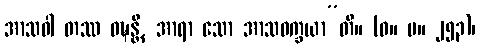
အာသဝါ တဿ ဝဍ္ဎန္တိ, အာရာ သော အာသဝက္ခယာ”တိ။ (ဓ။ ပ။ ၂၅၃)၊